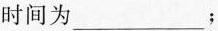
时间为___；